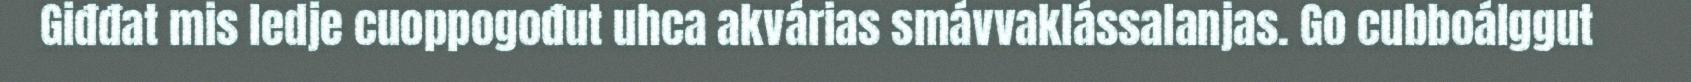
Giđđat mis ledje cuoppogođut uhca akvárias smávvaklássalanjas. Go cubboálggut